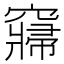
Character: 𱷕